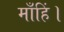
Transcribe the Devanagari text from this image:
माँहिं।